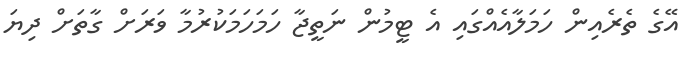
އޭގެ ތެރެއިން ހަމަލާއެއްގައި އެ ޓީމުން ނަތީޖާ ހަމަހަމަކުރުމާ ވަރަށް ގާތަށް ދިޔަ